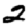
Digit: 2